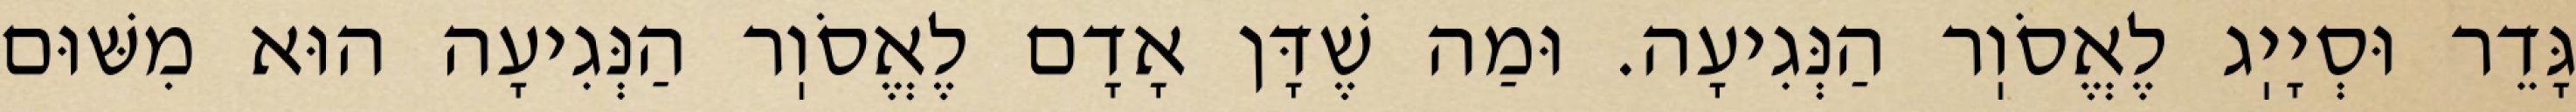
גָּדֵר וּסְיָיֽג לֶאֱסֹוֽר הַנְּגִיעָה. וּמַה שֶׁדָּן אָדָם לֶאֱסֹוֽר הַנְּגִיעָה הוּא מִשּׁוּם